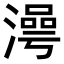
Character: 𣽺